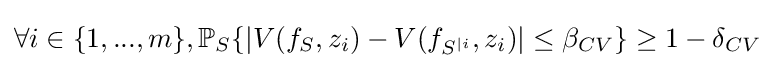
\forall i\in \{1,...,m\},\mathbb {P} _{S}\{|V(f_{S},z_{i})-V(f_{S^{|i}},z_{i})|\leq \beta _{CV}\}\geq 1-\delta _{CV}